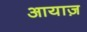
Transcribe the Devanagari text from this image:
आयाज़